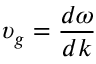
\upsilon _ { g } = \frac { d \omega } { d k }